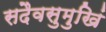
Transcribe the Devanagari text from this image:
सदैवसुमुखिं